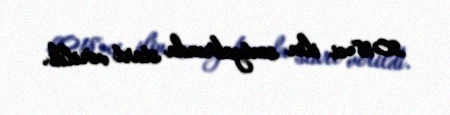
2018-ci ilin sentyabrında start verildi.